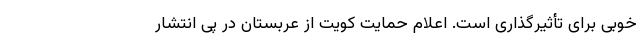
خوبی برای تأثیرگذاری است. اعلام حمایت کویت از عربستان در پی انتشار